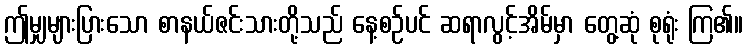
ဤမျှများပြားသော စာနယ်ဇင်းသားတို့သည် နေ့စဉ်ပင် ဆရာလွင့်အိမ်မှာ တွေ့ဆုံ စုရုံး ကြ၏။